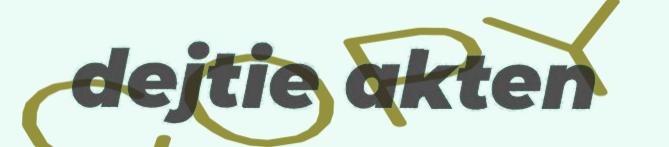
dejtie akten